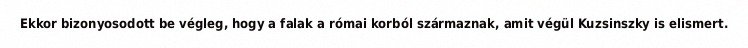
Ekkor bizonyosodott be végleg, hogy a falak a római korból származnak, amit végül Kuzsinszky is elismert.